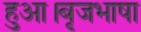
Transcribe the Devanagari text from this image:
हुआ।बृजभाषा